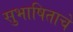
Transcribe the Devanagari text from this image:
सुभाषिताचे